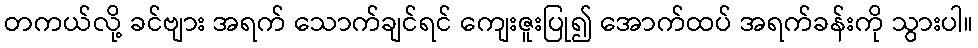
တကယ်လို့ ခင်ဗျား အရက် သောက်ချင်ရင် ကျေးဇူးပြု၍ အောက်ထပ် အရက်ခန်းကို သွားပါ။